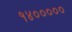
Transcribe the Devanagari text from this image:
१४०००००